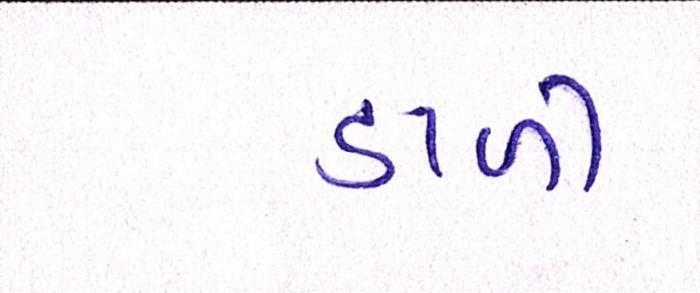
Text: ડાળી